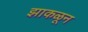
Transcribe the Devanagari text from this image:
झाकळून